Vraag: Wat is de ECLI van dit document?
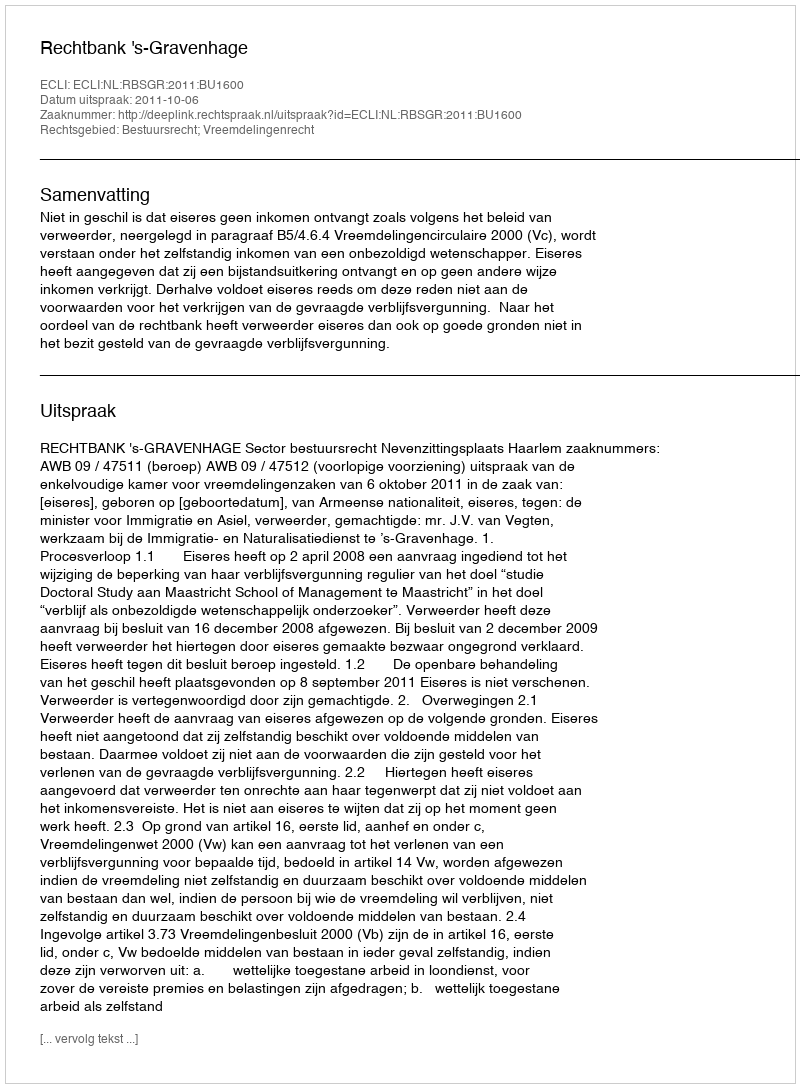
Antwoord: ECLI:NL:RBSGR:2011:BU1600